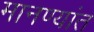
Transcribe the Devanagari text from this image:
मानण्यांत